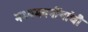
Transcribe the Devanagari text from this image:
मध्यमवर्गीयांची